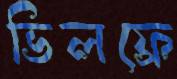
ভিলফ্রে